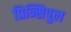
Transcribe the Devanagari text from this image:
प्रिन्सिपुल